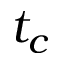
t _ { c }